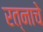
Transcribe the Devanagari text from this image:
रत्नाचे